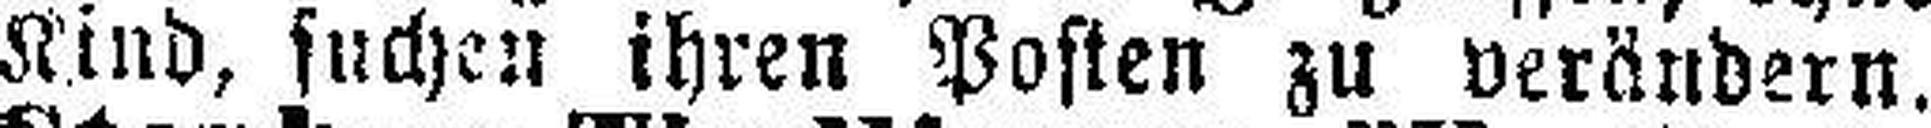
Kind, suchen ihren Posten zu verändern.